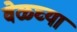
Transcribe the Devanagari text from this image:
वेळ्च्या